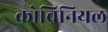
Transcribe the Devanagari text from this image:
कोचिनियल